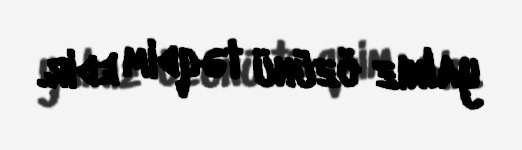
yalnız özünü təqdim edir.